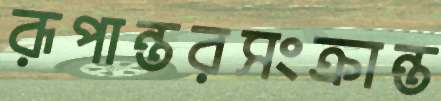
রূপান্তরসংক্রান্ত